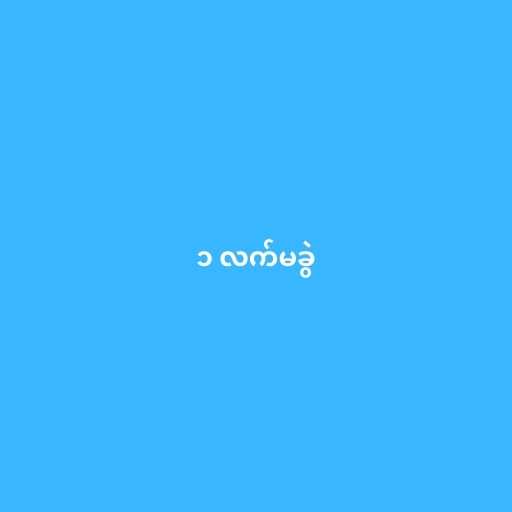
၁ လက်မခွဲ